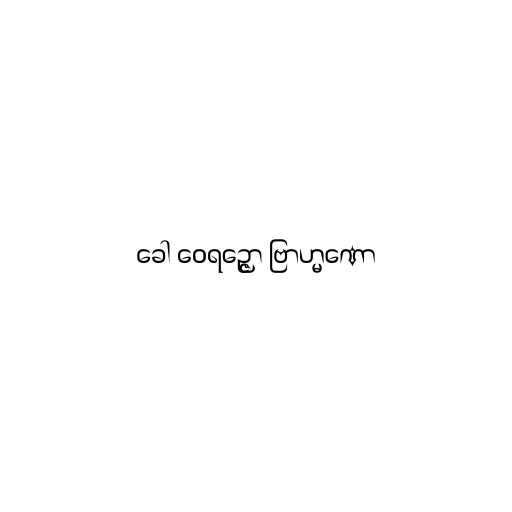
ခေါ ဝေရဉ္ဇော ဗြာဟ္မဏော